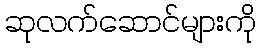
ဆုလက်ဆောင်များကို